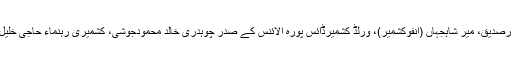
مظاہرے دیگر شرکاء میں سردارصدیق، میر شاہجہاں (انفوکشمیر)، ورلڈ کشمیرڈائس پورہ الائنس کے صدر چوہدری خالد محمودجوشی، کشمیری رہنماء حاجی خلیل، شیخ ماجد(پی ٹی آئی)، یورپ۔